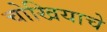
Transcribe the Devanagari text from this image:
चोखियाचे